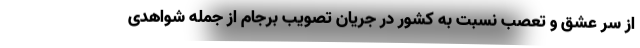
از سر عشق و تعصب نسبت به کشور در جریان تصویب برجام از جمله شواهدی